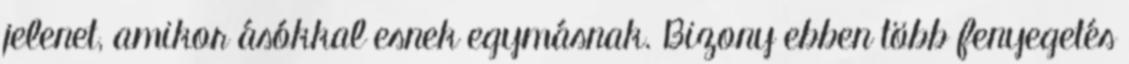
jelenet, amikor ásókkal esnek egymásnak. Bizony ebben több fenyegetés